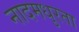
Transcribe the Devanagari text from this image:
नादमधुरता